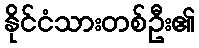
နိုင်ငံသားတစ်ဦး၏